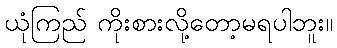
ယုံကြည် ကိုးစားလို့တော့မရပါဘူး။